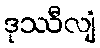
ဒုဿီလျံ